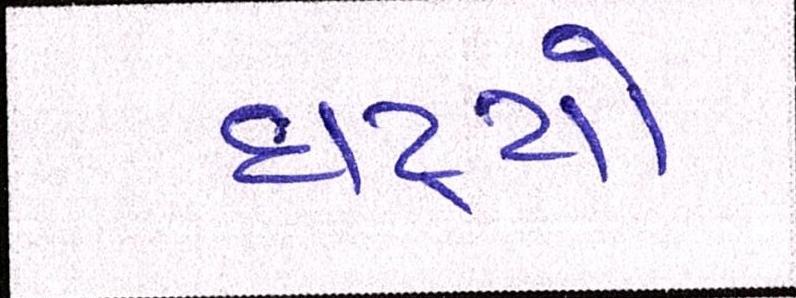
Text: ઘટ્યો